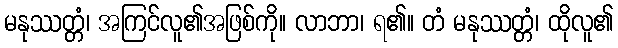
မနုဿတ္တံ၊ အကြင်လူ၏အဖြစ်ကို။ လာဘာ၊ ရ၏။ တံ မနုဿတ္တံ၊ ထိုလူ၏